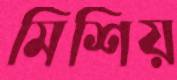
মিশিয়